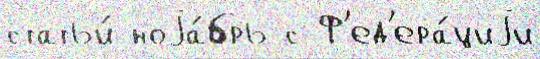
статьи́ ноjа́брь с Ф'ед'ера́циjи